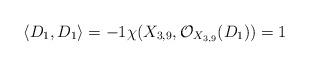
LaTeX: \begin{align*}\langle D_1, D_1\rangle =-1\chi (X_{3,9},\mathcal{O}_{X_{3,9}}(D_1))=1\end{align*}